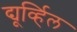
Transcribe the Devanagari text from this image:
द्यूर्व्हिल